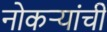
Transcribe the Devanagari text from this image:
नोकऱ्यांची